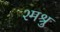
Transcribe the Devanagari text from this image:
श्मश्रु